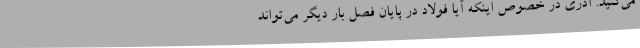
می‌کنید. آذری در خصوص اینکه آیا فولاد در پایان فصل بار دیگر می‌تواند